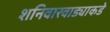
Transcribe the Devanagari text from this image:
शनिवारवाड्याकडे